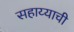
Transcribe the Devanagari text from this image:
सहाय्याची